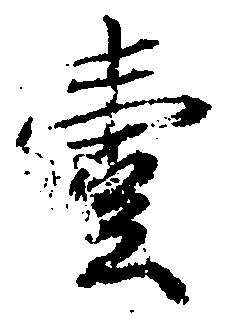
壱